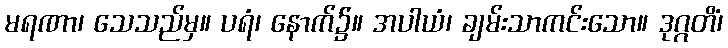
မရဏာ၊ သေသည်မှ။ ပရံ၊ နောက်၌။ အပါယံ၊ ချမ်းသာကင်းသော။ ဒုဂ္ဂတိံ၊